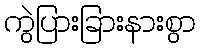
ကွဲပြားခြားနားစွာ